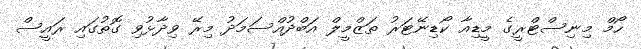
ހޯމް މިނިސްޓްރީގެ މީޑިއާ ކޯޑިނޭޓަރު ތަޒްމީލް އަބްދުއްސަމަދު މިރޭ ވިދާޅުވި ގޮތުގައި ރައީސް